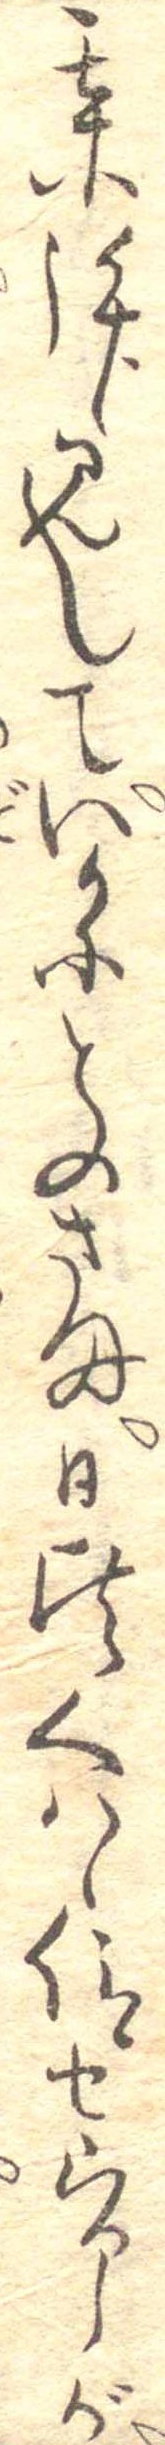
某拝見していかにとのさま日頃くはし仰せらるゝが